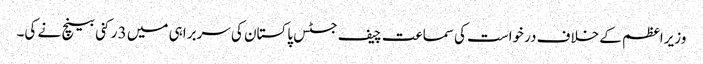
وزیراعظم کے خلاف درخواست کی سماعت چیف جسٹس پاکستان کی سربراہی میں 3 رکنی بینچ نے کی۔